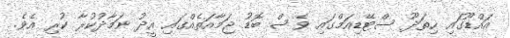
އައްޑޫގައި ހިތަދޫ ސްޓޭޑިއަމްގައި ވެސް ބޮޑު ޖަމާއަތެއްގައި އީދު ނަމާދުކުރާ ކުރި އެވެ.